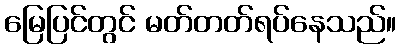
မြေပြင်တွင် မတ်တတ်ရပ်နေသည်။